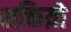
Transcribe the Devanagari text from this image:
शक्तिय़ो